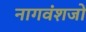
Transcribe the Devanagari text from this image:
नागवंशजों